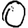
Digit: 0